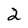
Character: 2